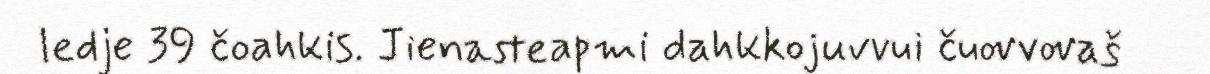
ledje 39 čoahkis. Jienasteapmi dahkkojuvvui čuovvovaš